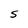
Character: S